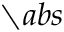
\setminus a b s